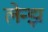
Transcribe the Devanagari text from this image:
लेन्झ